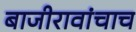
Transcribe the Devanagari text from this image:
बाजीरावांचाच